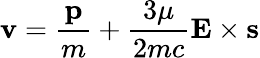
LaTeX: {\mathbf v}=\frac{\textbf{p}}{m}+\frac{3\mu}{2mc}\mathbf{E}\times\textbf{s}